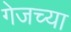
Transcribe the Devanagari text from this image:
गेजच्या